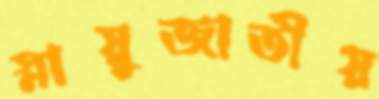
স্নায়ুজাতীয়